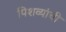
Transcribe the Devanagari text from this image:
पिशव्यांची